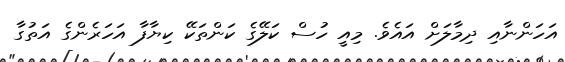
އަހަންނާއި ދިމާލަށް އައެވެ. މިއީ ހުސް ކަލޭގެ ކަންތަކޭ ކިޔާފާ އަހަރެންގެ އަތުގާ